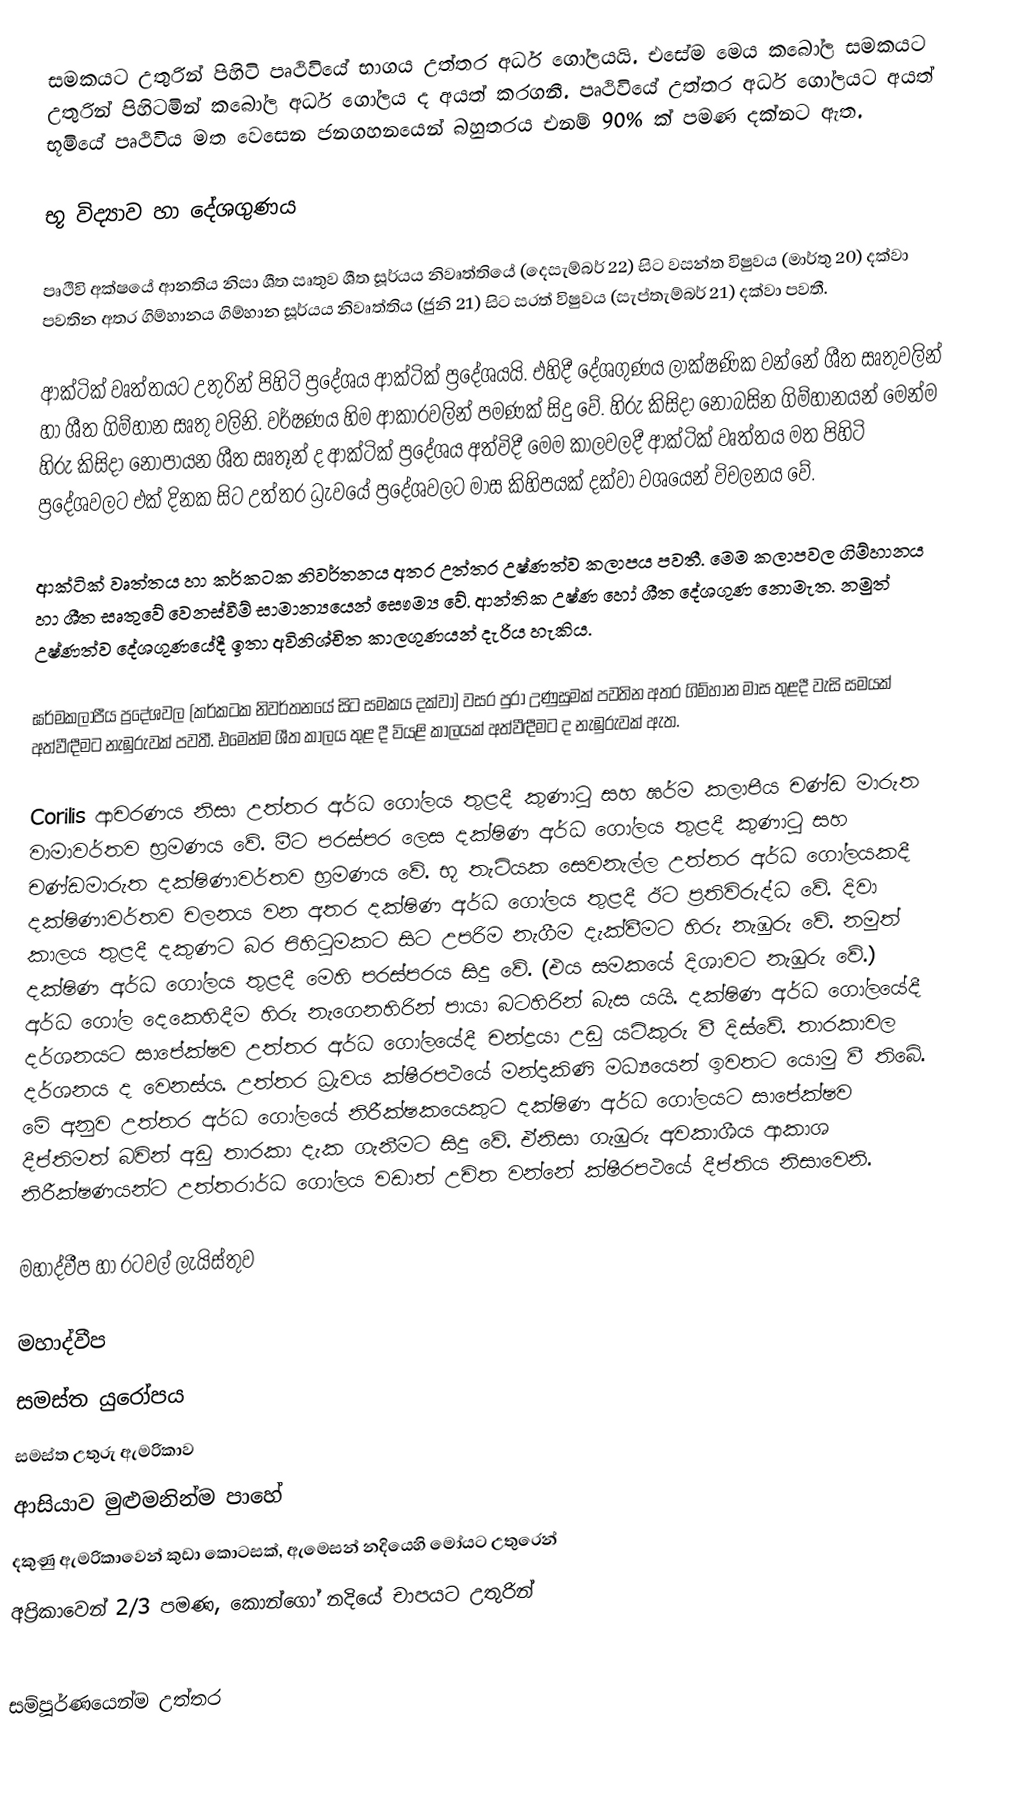
සමකයට උතුරින් පිහිටි පෘථිවියේ භාගය උත්තර අර්ධ ගෝලයයි. එසේම මෙය කබෝල සමකයට උතුරින් පිහිටමින් කබෝල අර්ධ ගෝලය ද අයත් කරගනී. පෘථිවියේ උත්තර අර්ධ ගෝලයට අයත් භූමියේ පෘථිවිය මත වෙසෙන ජනගහනයෙන් බහුතරය එනම් 90% ක් පමණ දක්නට ඇත.

භූ විද්‍යාව හා දේශගුණය

පෘථිවි අක්ෂයේ ආනතිය නිසා ශීත සෘතුව ශීත සූර්යය නිවෘත්තියේ (දෙසැම්බර් 22) සිට වසන්ත විෂුවය (මාර්තු 20) දක්වා පවතින අතර ගිම්හානය ගිම්හාන සූර්යය නිවෘත්තිය (ජුනි 21) සිට සරත් විෂුවය (සැප්තැම්බර් 21) දක්වා පවතී.

ආක්ටික් වෘත්තයට උතුරින් පිහිටි ප්‍රදේශය ආක්ටික් ප්‍රදේශයයි. එහිදී දේශගුණය ලාක්ෂණික වන්නේ ශීත සෘතුවලින් හා ශීත ගිම්හාන සෘතු වලිනි. වර්ෂණය හිම ආකාරවලින් පමණක් සිදු වේ. හිරු කිසිදා නොබසින ගිම්හානයන් මෙන්ම හිරු කිසිදා නොපායන ශීත සෘතූන් ද ආක්ටික් ප්‍රදේශය අත්විදී මෙම කාලවලදී ආක්ටික් වෘත්තය මත පිහිටි ප්‍රදේශවලට එක් දිනක සිට උත්තර ධ්‍රැවයේ ප්‍රදේශවලට මාස කිහිපයක් දක්වා වශයෙන් විචලනය වේ.

ආක්ටික් වෘත්තය හා කර්කටක නිවර්තනය අතර උත්තර උෂ්ණත්ව කලාපය පවතී. මෙම කලාපවල ගිම්හානය හා ශීත සෘතුවේ වෙනස්වීම් සාමාන්‍යයෙන් සෞම්‍ය වේ. ආන්තික උෂ්ණ හෝ ශීත දේශගුණ නොමැත. නමුත් උෂ්ණත්ව දේශගුණයේදී ඉතා අවිනිශ්චිත කාලගුණයන් දැරිය හැකිය.

ඝර්මකලාපීය ප්‍රදේශවල (කර්කටක නිවර්තනයේ සිට සමකය දක්වා) වසර පුරා උණුසුමක් පවතින අතර ගිම්හාන මාස තුළදී වැසි සමයක් අත්වීඳීමට නැඹුරුවක් පවතී. එමෙන්ම ශීත කාලය තුළ දී වියළි කාලයක් අත්වීඳීමට ද නැඹුරුවක් ඇත.

Corilis ආචරණය නිසා උත්තර අර්ධ ගෝලය තුළදී කුණාටු සහ ඝර්ම කලාපීය චණ්ඩ මාරුත වාමාවර්තව  භ්‍රමණය වේ. මීට පරස්පර ලෙස දක්ෂිණ අර්ධ ගෝලය තුළදී කුණාටු සහ චණ්ඩමාරුත දක්ෂිණාවර්තව භ්‍රමණය වේ. භූ තැටියක සෙවනැල්ල උත්තර අර්ධ ගෝලයකදී දක්ෂිණාවර්තව චලනය වන අතර දක්ෂිණ අර්ධ ගෝලය තුළදී ඊට ප්‍රතිවිරුද්ධ වේ. දිවා කාලය තුළදී දකුණට බර පිහිටුමකට සිට උපරිම නැගීම දැක්වීමට හිරු නැඹුරු වේ. නමුත් දක්ෂිණ අර්ධ ගෝලය තුළදී මෙහි පරස්පරය සිදු වේ. (එය සමකයේ දිශාවට නැඹුරු වේ.) අර්ධ ගෝල දෙකෙහිදීම හිරු නැගෙනහිරින් පායා බටහිරින් බැස යයි. දක්ෂිණ අර්ධ ගෝලයේදී දර්ශනයට සාපේක්ෂව උත්තර අර්ධ ගෝලයේදී චන්ද්‍රයා උඩු යටිකුරු වී දිස්වේ. තාරකාවල දර්ශනය ද වෙනස්ය. උත්තර ධ්‍රැවය ක්ෂීරපථයේ මන්දාකිණි මධ්‍යයෙන් ඉවතට යොමු වී තිබේ. මේ අනුව උත්තර අර්ධ ගෝලයේ නිරීක්ෂකයෙකුට දක්ෂිණ අර්ධ ගෝලයට සාපේක්ෂව දීප්තිමත් බවින් අඩු තාරකා දැක ගැනීමට සිදු වේ. ඒනිසා ගැඹුරු අවකාශීය ආකාශ නිරීක්ෂණයන්ට උත්තරාර්ධ ගෝලය වඩාත් උචිත වන්නේ ක්ෂීරපථයේ දීප්තිය නිසාවෙනි.

මහාද්වීප හා රටවල් ලැයිස්තුව

මහාද්වීප
 සමස්ත යුරෝපය
 සමස්ත උතුරු ඇමරිකාව
 ආසියාව මුළුමනින්ම පාහේ
 දකුණු ඇමරිකාවෙන් කුඩා කොටසක්, ඇමෙසන් නදියෙහි මෝයට උතුරෙන්
 අප්‍රිකාවෙන් 2/3 පමණ, කොන්ගෝ නදියේ චාපයට උතුරින්

සම්පූර්ණයෙන්ම උත්තර